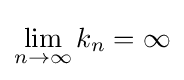
\lim _{n\to \infty }k_{n}=\infty